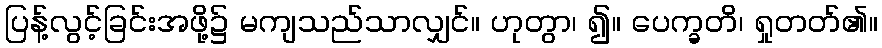
ပြန့်လွင့်ခြင်းအဖို့၌ မကျသည်သာလျှင်။ ဟုတွာ၊ ၍။ ပေက္ခတိ၊ ရှုတတ်၏။